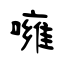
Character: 噰